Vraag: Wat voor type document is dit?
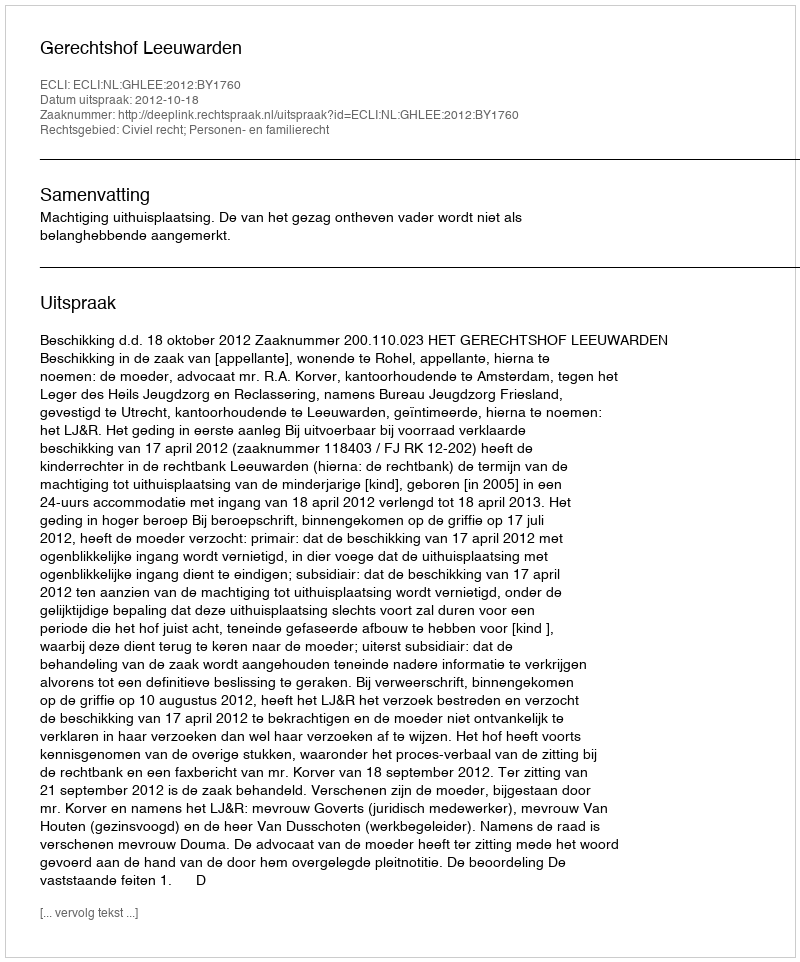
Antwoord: Uitspraak